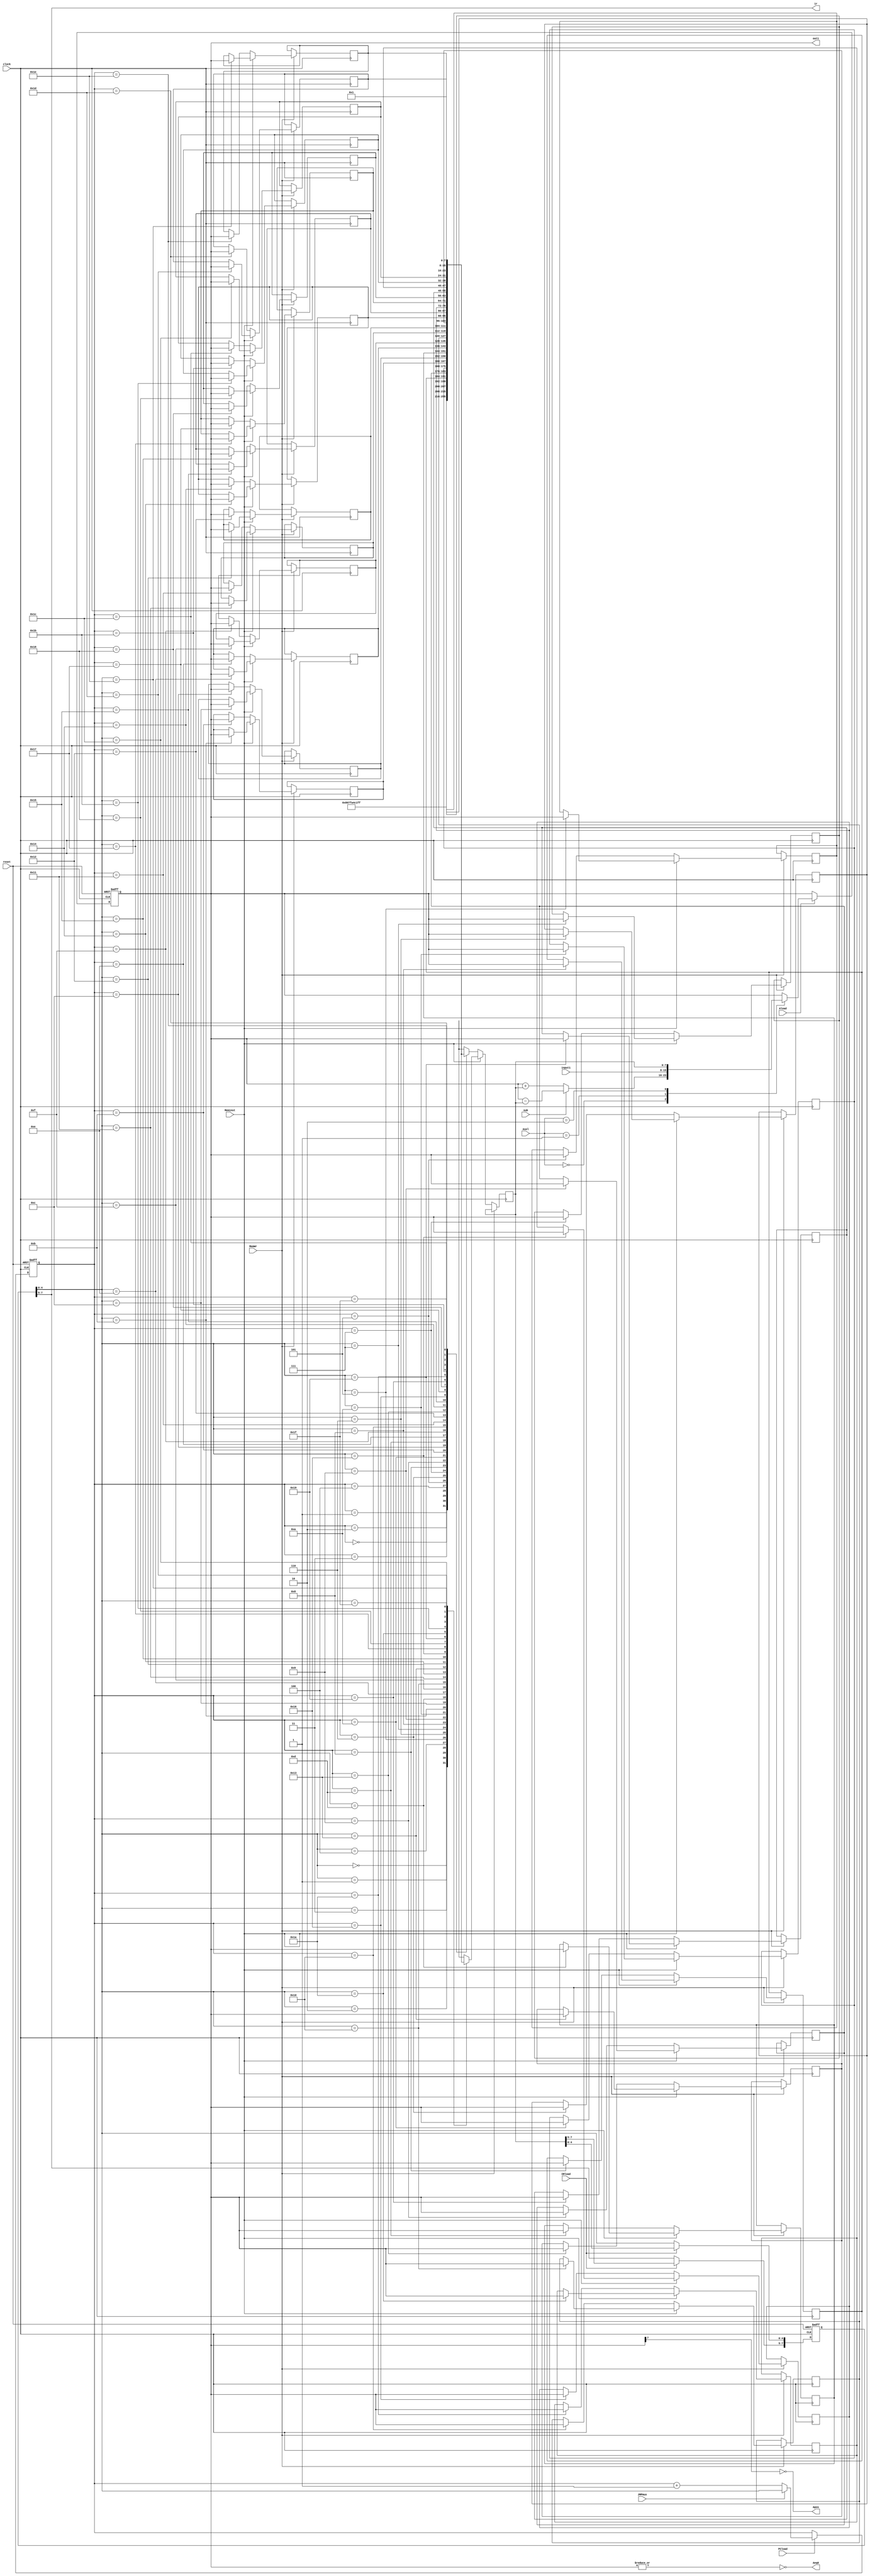
module enhanced_dp(
	input clock,reset,
	input IRload,JMPmux,PCload,Meminst,MemWr,Aload,sub,
	input [1:0] Asel,
	input [7:0] input1,
	output Aeq0,Apos,
	output [2:0] ir,
	output [7:0] out1
);
reg [7:0] inData;
reg [7:0] ir_reg;
reg [4:0] pc;
reg [7:0] avalue;
reg [7:0] ram [31:0];

always @ (posedge clock , negedge reset) begin
if (reset == 0)
begin
	ir_reg <= 0;
end
else
	if(IRload == 0)
	begin
	ir_reg <= ir_reg;
	end
	else
	begin
	ir_reg[7:5] <= inData[7:5];
	ir_reg[4:0] <= inData[4:0];
	end
end

always @ (posedge clock , negedge reset)begin
if (reset ==0)
	pc <= 0;
else
	begin
	if (PCload == 0)
	pc <= pc;
	else
	begin
	if (JMPmux == 1)
	pc <= ir_reg[4:0];
	else
	pc <= pc +1;
	end
	end
end

always @ (posedge clock)begin
ram[0] = 8'b10000000;
ram[1] = 8'b01111111;
ram[2] = 8'b10100100;
ram[3] = 8'b11000001;
ram[4] = 8'b11111111;
ram[31] = 8'b00000001;

if (MemWr == 0)
	begin
	if(Meminst == 1) begin
	inData <= ram[ir_reg[4:0]];
	end
	else
	inData<=ram[pc];
	end
else
	begin
	if(Meminst ==1)
	ram[ir_reg[4:0]] <=  avalue;
	else
	ram[pc] <= avalue;
	end
end

always @ (posedge clock , negedge reset) begin
if (reset ==0)
	avalue <= 0;
else
	if(Aload == 0)
	avalue <= avalue;
	else
	begin
	case (Asel)
	2'b00 : begin
			if(sub == 1)
			avalue = avalue - inData;
			else
			avalue = avalue + inData;
			end
	2'b01 : avalue <= input1;
	2'b10 : avalue <= inData;
	default : avalue <= avalue;
	endcase
	end
end

assign Aeq0= ~(|avalue);
assign Apos= ~(avalue>>7);
assign out1= avalue;
assign ir = ir_reg[7:5];
endmodule